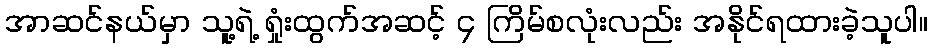
အာဆင်နယ်မှာ သူ့ရဲ့ ရှုံးထွက်အဆင့် ၄ ကြိမ်စလုံးလည်း အနိုင်ရထားခဲ့သူပါ။